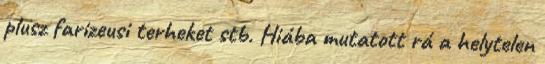
plusz farizeusi terheket stb. Hiába mutatott rá a helytelen